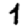
Digit: 1